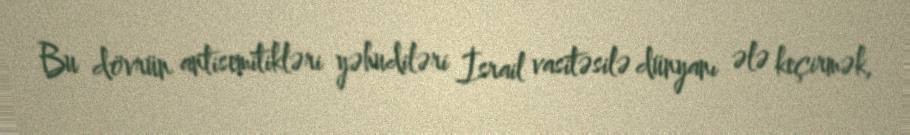
Bu dövrün antisemitikləri yəhudiləri İsrail vasitəsilə dünyanı ələ keçirmək,